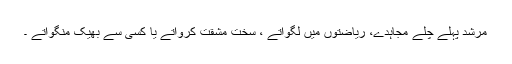
مرشد پہلے چلے مجاہدے، ریاضتوں میں لگواتے ، سخت مشقت کرواتے یا کسی سے بھیک منگواتے ۔